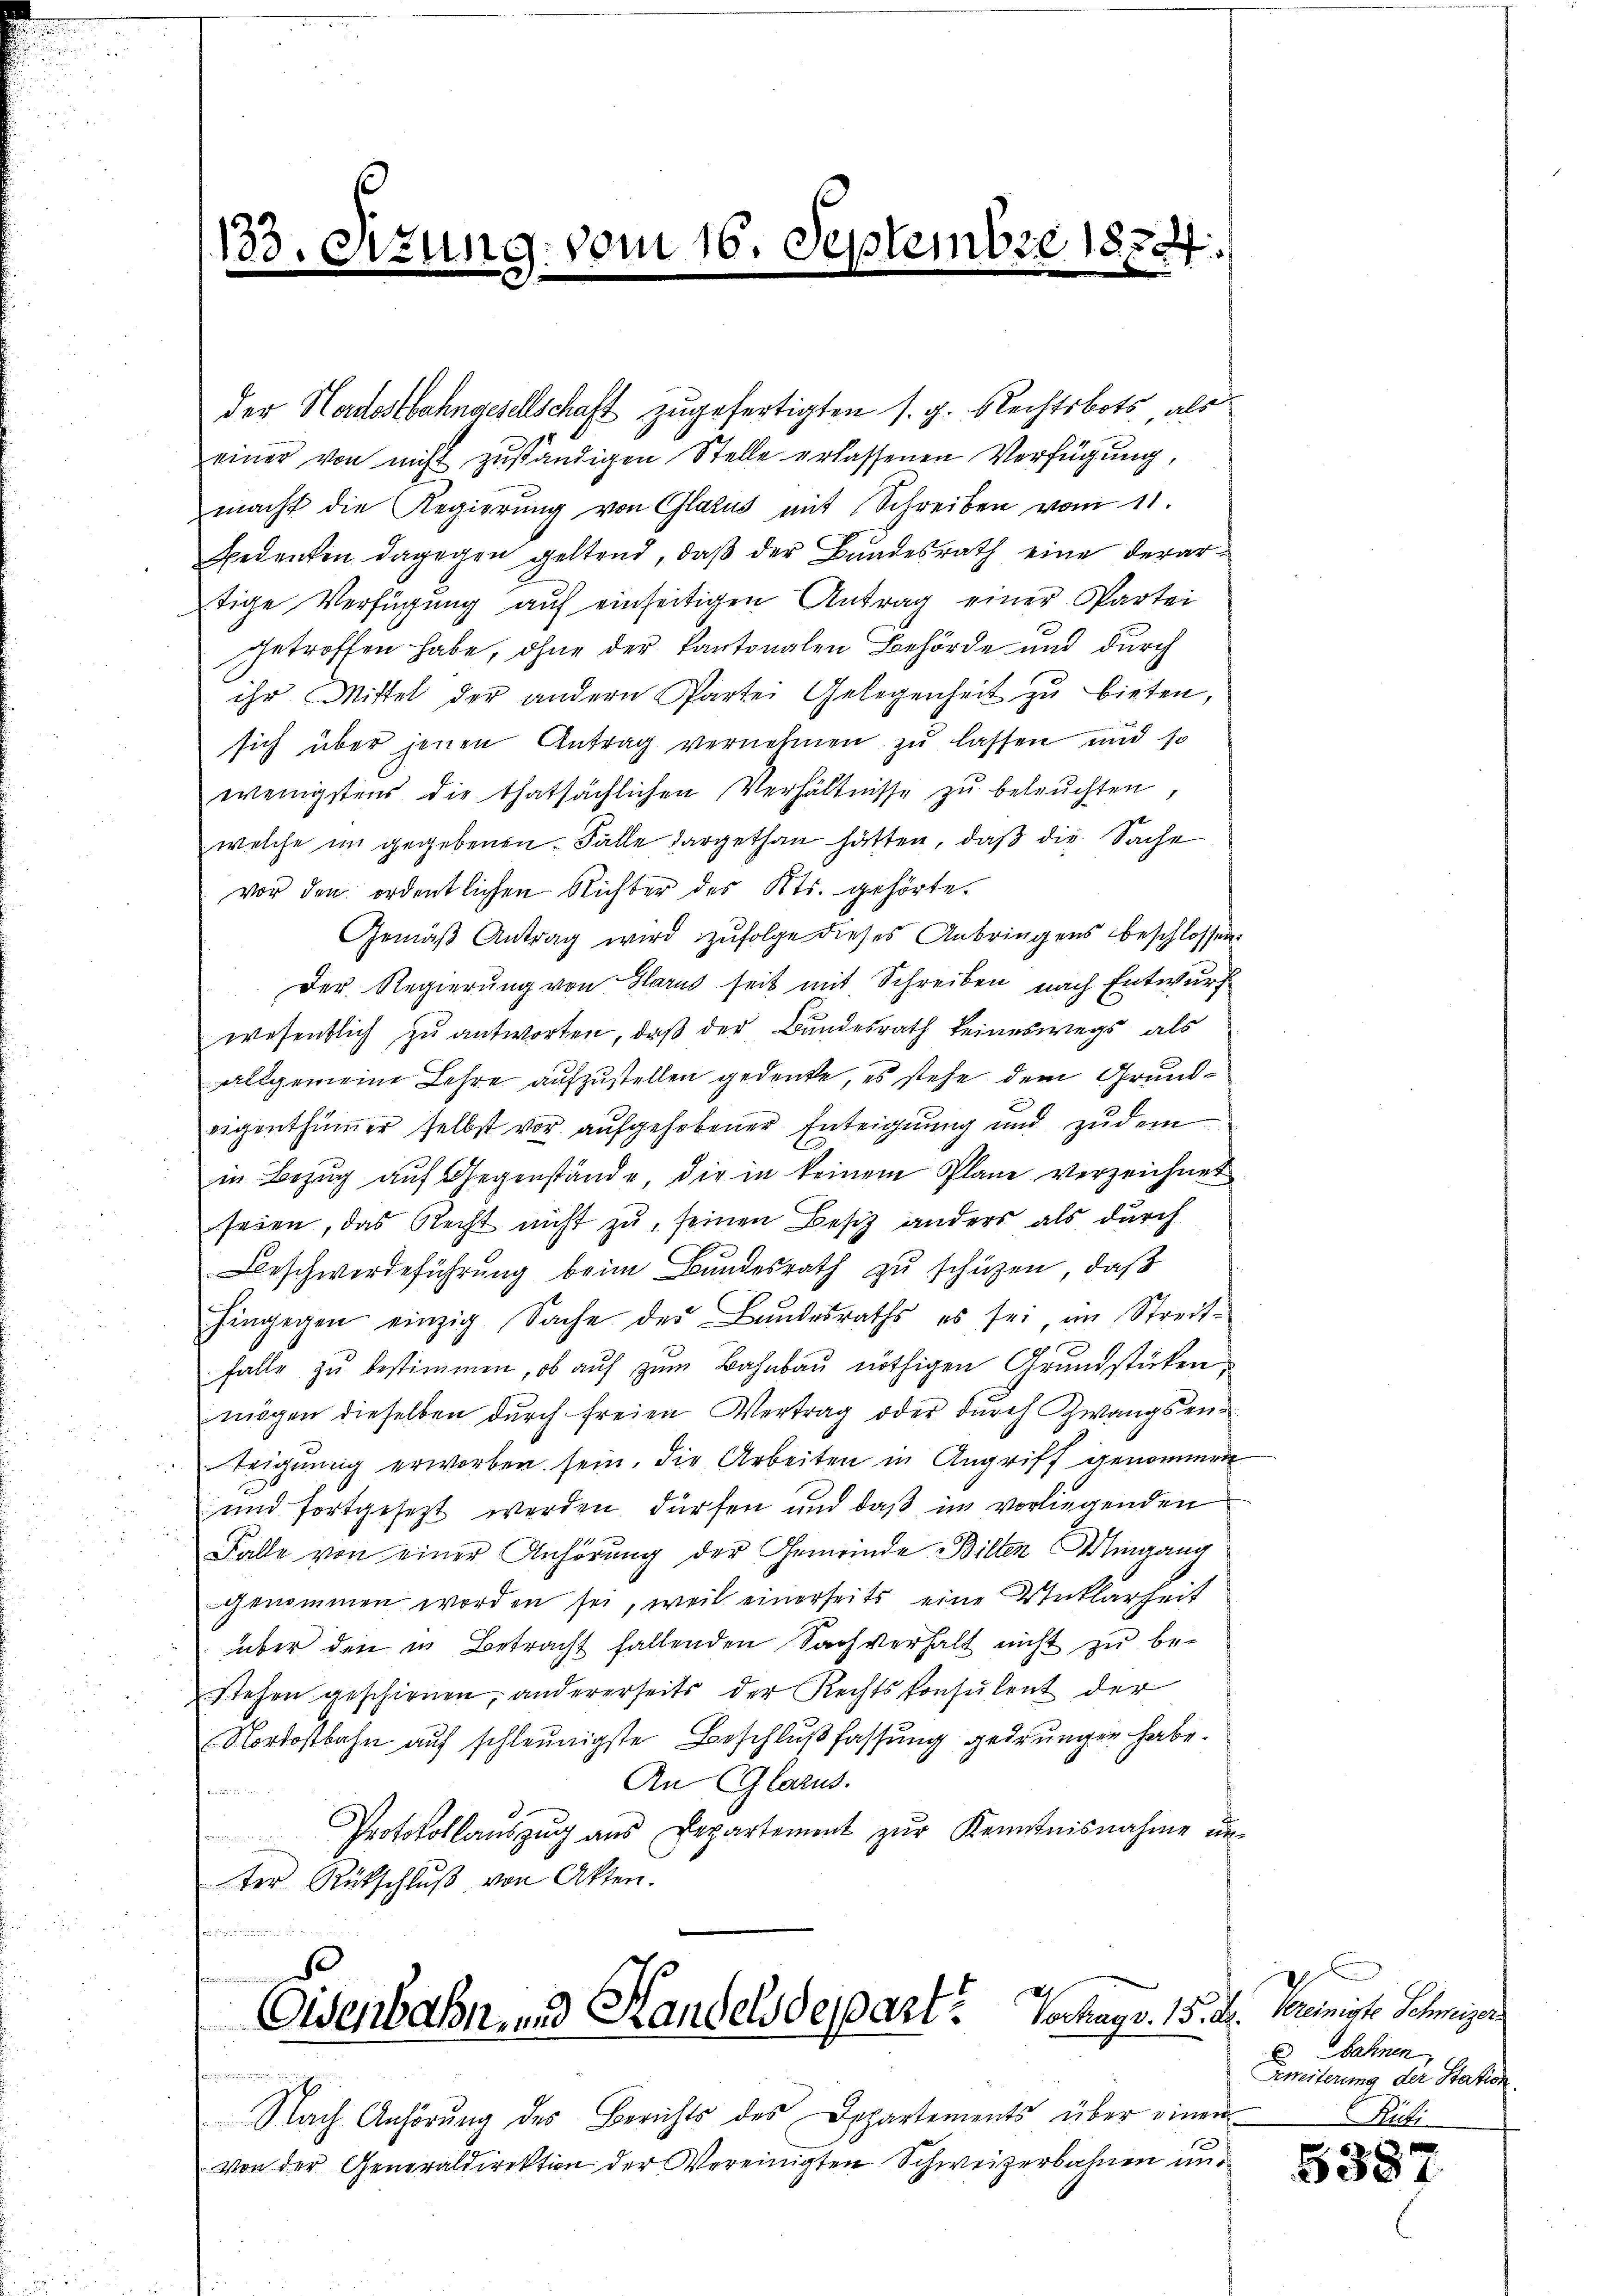
133.

ung: vom 16. Septem

der Hardostbahngesellschaft zugefertigten s. g. Rechtsbots, als
einer von nicht zŭständigen Stelle erlassenen Verfügung,
macht die Regierŭng von Glarus mit Schreiben vom 11.
Bedenken dagegen geltend, daβ der Bundesrath eine derartige Verfügung auf einseitigen Antrag einer Partei
getroffen habe, ohne der Kantonalen Behörde und durch
ihr Mittel der andern Partei Gelegenheit zu bieten,
sich über jenen Antrag vernehmen zu lassen und so
wenigstens die thatsächlichen Verhältnisse zŭ beleŭchten,
welche im gegebenen Falle dargethan hätten, daß die Sache
vor den ordentlichen Richter des Kts. gehörte.
Gemäβ Antrag wird zŭfolge dieses Anbringens beschlossen:
Der Regierung von Glarus seit mit Schreiben nach Entwurf
wesentlich zu antworten, daß der Bundesrath keineswegs als
allgemeine Lehre aufzustellen gedenke, es stehe dem Grundeigenthümer selbst vor aufgehobener Enteignung und zudem
in Bezug auf Gegenstände, die in keinem Plane verzeichnet
seien, das Recht nicht zu, seinen Besiz anders als durch
Beschwerdeführung beim Bundesrath zu schützen, daß
hingegen einzig Sache des Bundesraths, es sei im Streit-
falle zu bestimmen, ob auf zum Bahnbau nöthigen Grundstücken
mögen dieselben durch freien Vertrag oder durch Zwangsenteignung erworben sein. Die Arbeiten in Angriff genommen
und fortgesetzt werden dürfen und daß im vorliegenden
Falle von einer Anhörung der Gemeinde Billen Umgang
genommen worden sei, weil einerseits eine Unklarheit
über den in Betracht fallenden Sachverhalt nicht zu bestehen geschienen, andererseits der Rechtskonsulent der
Nordostbahn auf schleunigste Beschlußfassung gedrungen habe.
An Glarus.
Protokollaŭszŭg ans Departement zŭr Kenntnisnahme ŭn-
ter Rückschlŭβ von Akten.

261870

n
Eisenbahn, und Handelsdepart? Vochags. 15. d. Vereiniste Schmier
.

Slach Anhörung des Berichts des Departements über einen
Von der Generaldirektion der Vereinigten Schweizerbahnen un¬

6 Sahnen,
Zweiterung der Station

538